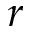
r